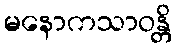
မနောကသာဝန္တိ